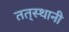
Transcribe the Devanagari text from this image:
तत्‌स्थानी